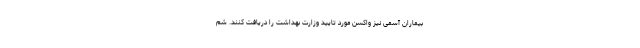
بیماران آسمی نیز واکسن مورد تایید وزارت بهداشت را دریافت کنند. شم